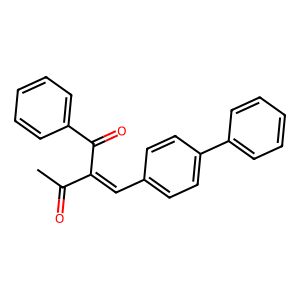
SMILES: CC(=O)C(=Cc1ccc(-c2ccccc2)cc1)C(=O)c1ccccc1
Inhibits HIV replication: No